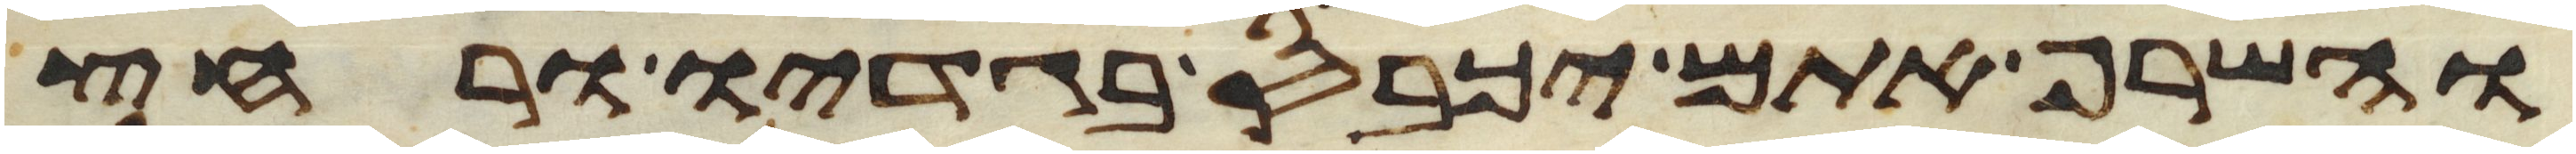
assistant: והשרף אתם יכבס בגדיו ורחץ